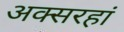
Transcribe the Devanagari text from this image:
अक्सरहां